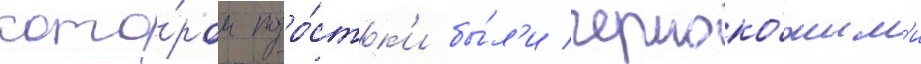
кото́ром подро́стк'и бы́л'и черноко́жим'и